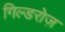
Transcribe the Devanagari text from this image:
गिल्डरोज़